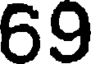
69